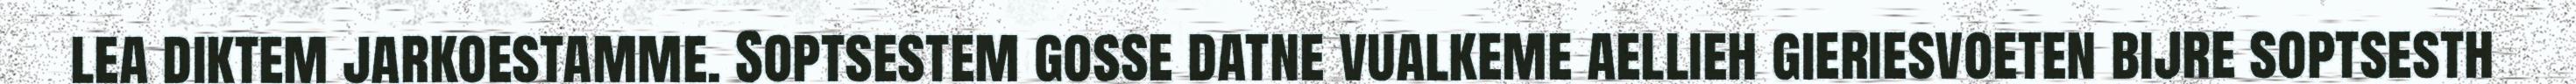
lea diktem jarkoestamme. Soptsestem gosse datne vualkeme aellieh gieriesvoeten bijre soptsesth